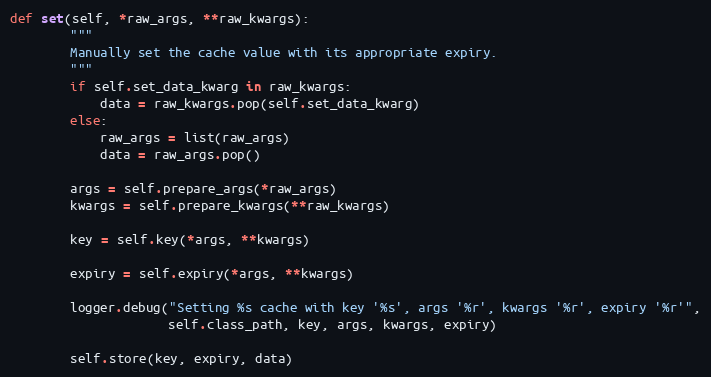
Language: Python
def set(self, *raw_args, **raw_kwargs):
        """
        Manually set the cache value with its appropriate expiry.
        """
        if self.set_data_kwarg in raw_kwargs:
            data = raw_kwargs.pop(self.set_data_kwarg)
        else:
            raw_args = list(raw_args)
            data = raw_args.pop()

        args = self.prepare_args(*raw_args)
        kwargs = self.prepare_kwargs(**raw_kwargs)

        key = self.key(*args, **kwargs)

        expiry = self.expiry(*args, **kwargs)

        logger.debug("Setting %s cache with key '%s', args '%r', kwargs '%r', expiry '%r'",
                     self.class_path, key, args, kwargs, expiry)

        self.store(key, expiry, data)